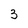
Character: 3